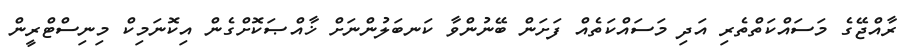
ރާއްޖޭގެ މަސައްކަތްތެރި އަދި މަސައްކަތެއް ފަށަން ބޭނުންވާ ކަނބަލުންނަށް ޚާއްޞަކޮށްގެން އިކޮނަމިކް މިނިސްޓްރީން